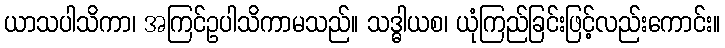
ယာသပါသိကာ၊ အကြင်ဥပါသိကာမသည်။ သဒ္ဓါယစ၊ ယုံကြည်ခြင်းဖြင့်လည်းကောင်း။